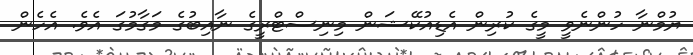
ޔުމްނާ ހުންނެވީ މީގެ ކުރިން އެޑިއުކޭޝަން މިނިސްޓްރީގެ ނާއިބުގެ މަގާމުގަ އެވެ. އެހެން